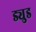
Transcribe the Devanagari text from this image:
ड्युड